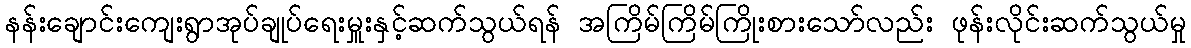
နန်းချောင်းကျေးရွာအုပ်ချုပ်ရေးမှူးနှင့်ဆက်သွယ်ရန် အကြိမ်ကြိမ်ကြိုးစားသော်လည်း ဖုန်းလိုင်းဆက်သွယ်မှု